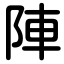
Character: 陣